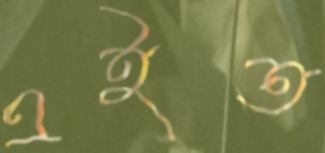
এইত